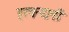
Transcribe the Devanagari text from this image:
हरचन्दानी